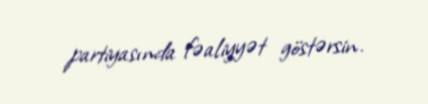
partiyasında fəaliyyət göstərsin.